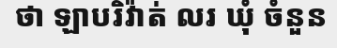
ថា ឡាបរិវ៉ាត់ លរ ឃុំ ចំនួន